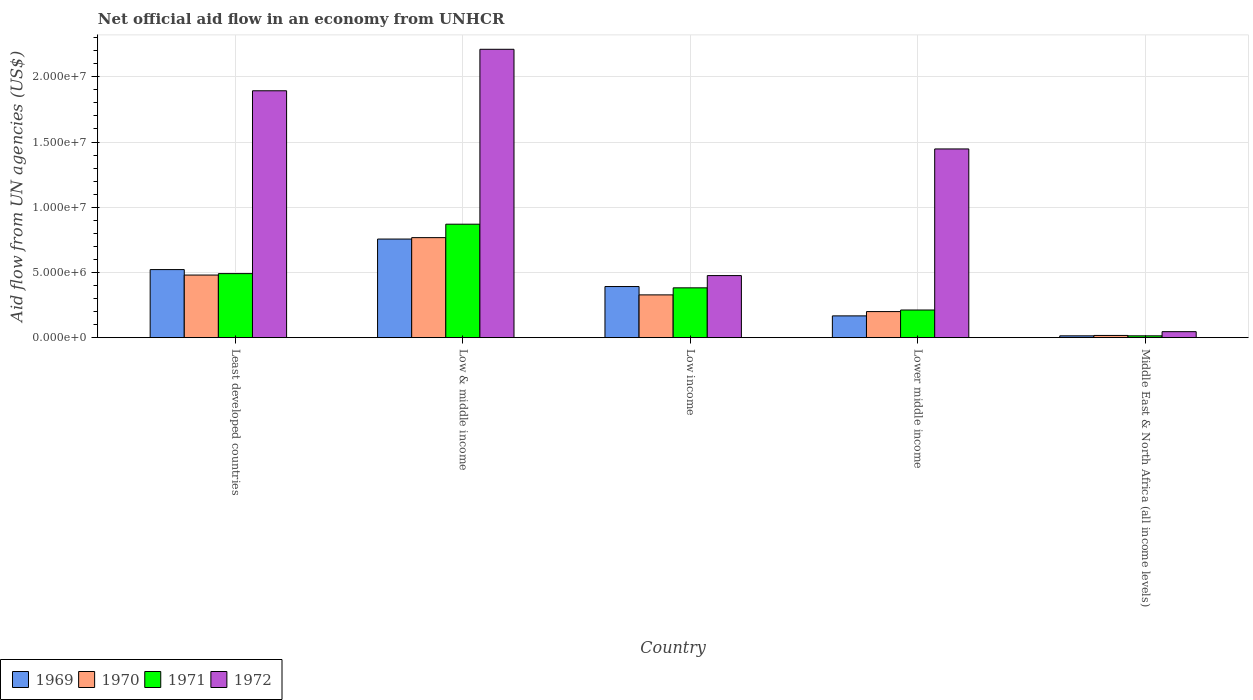
| Country | 1969 | 1970 | 1971 | 1972 |
 | --- | --- | --- | --- | --- |
 | Least developed countries | 5.22e+06 | 4.8e+06 | 4.91e+06 | 1.89e+07 |
 | Low & middle income | 7.56e+06 | 7.67e+06 | 8.7e+06 | 2.21e+07 |
 | Low income | 3.92e+06 | 3.28e+06 | 3.82e+06 | 4.76e+06 |
 | Lower middle income | 1.67e+06 | 2e+06 | 2.12e+06 | 1.45e+07 |
 | Middle East & North Africa (all income levels) | 1.4e+05 | 1.7e+05 | 1.4e+05 | 4.6e+05 |